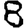
Digit: 8